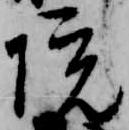
院